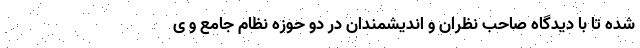
شده تا با دیدگاه صاحب نظران و اندیشمندان در دو حوزه نظام جامع و ی